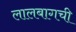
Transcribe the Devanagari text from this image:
लालबागची